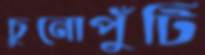
চুনোপুঁটি